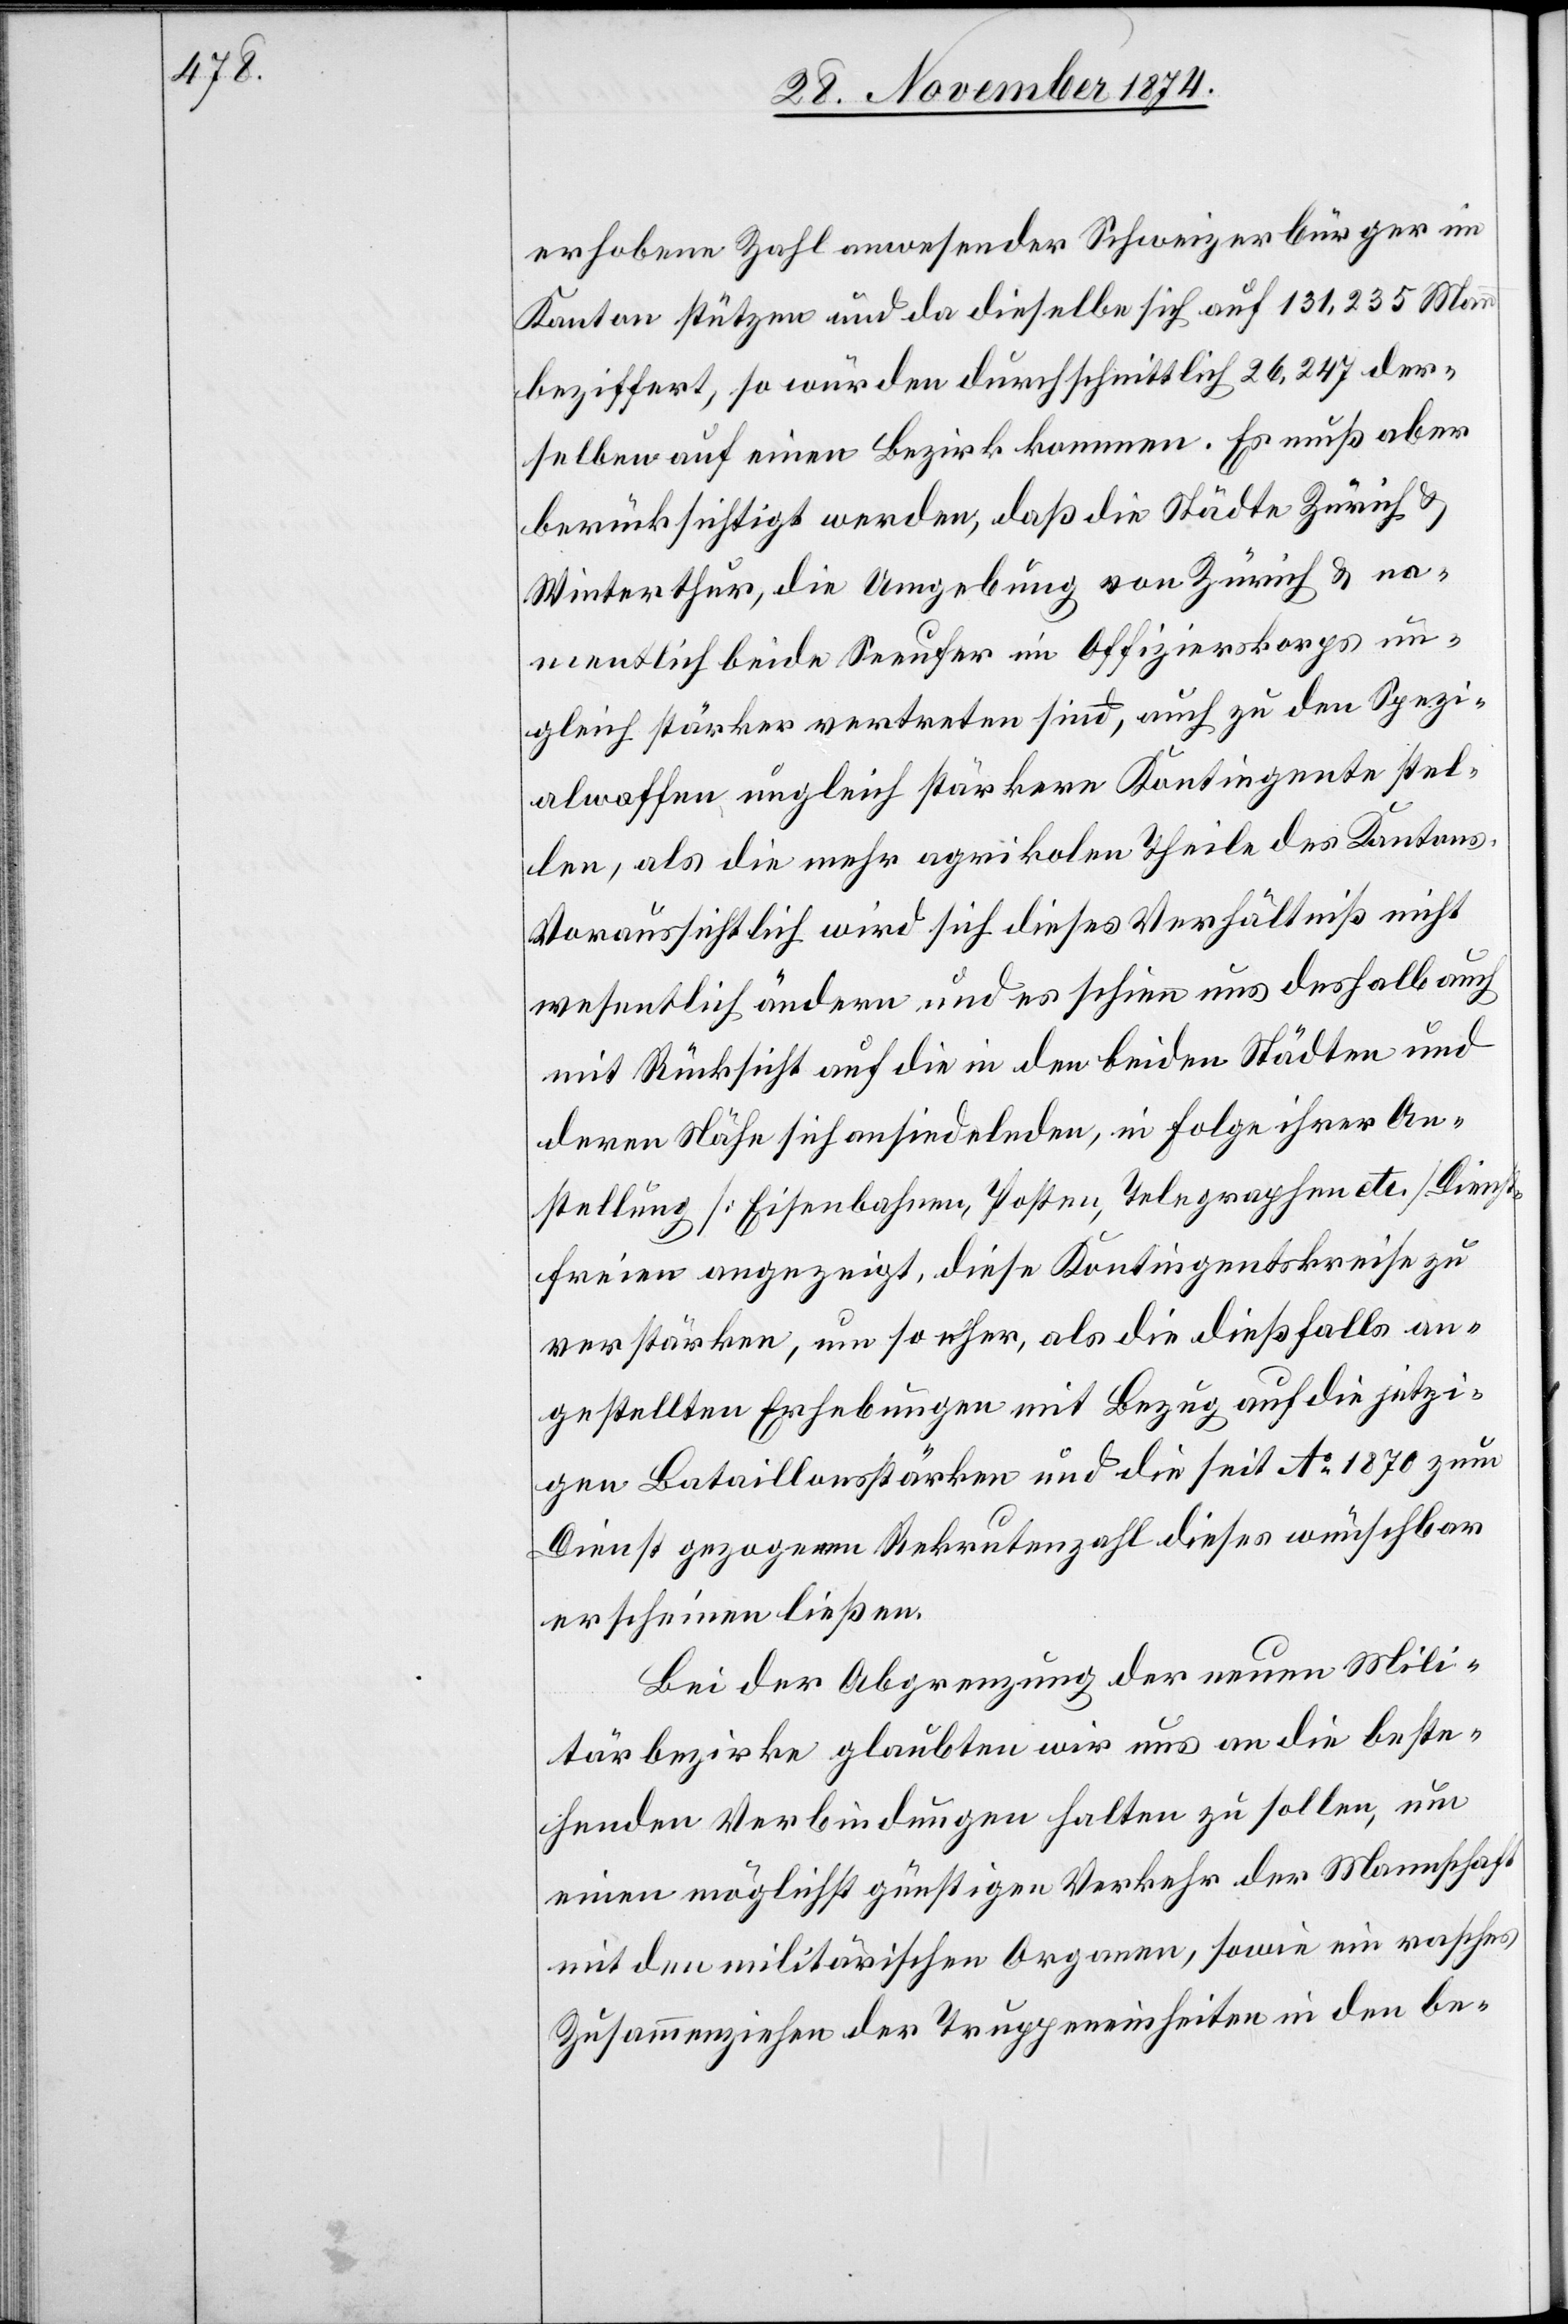
erhobene Zahl anwesender Schweizerbürger im
Kanton stützen und da dieselbe sich auf 131,235 Mann
beziffert, so würden durchschnittlich 26,247 der¬
selben auf einen Bezirk kommen. Es muß aber
berücksichtigt werden, daß die Städte Zürich &
Winterthur, die Umgebung von Zürich & na¬
mentlich beide Seeufer im Offizierskorps un¬
gleich stärker vertreten sind, auch zu den Spezi¬
alwaffen, ungleich stärkere Kontingente stel¬
len, als die mehr agrikolen Theile des Kantons.
Voraussichtlich wird sich dieses Verhältniß nicht
wesentlich ändern und es schien uns deshalb auch
mit Rücksicht auf die in den beiden Städten und
deren Nähe sich ansiedelnden, in Folge ihrer An¬
stellung [Eisenbahnen, Posten, Telegraphen etc.] Dienst¬
freien angezeigt, diese Kontingentskreise zu
verstärken, um so eher, als die dießfalls an¬
gestellten Erhebungen mit Bezug auf die jetzi¬
gen Bataillonsstärken und die seit Ao 1870 zum
Dienst gezogenen Rekrutenzahl dieses wünschbar
erscheinen ließen.
Bei der Abgrenzung der neuen Mili¬
tärbezirke glaubten wir uns an die beste¬
henden Verbindungen halten zu sollen, nun
einen möglichst günstigen Verkehr der Mannschaft
mit dem militärischen Organen, sowie ein rasches
Zusammenziehen der Truppeneinheiten in den be-